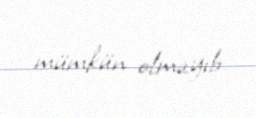
mümkün olmayıb.